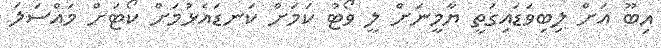
އިބޫ އަށް ލިބިވަޑައިގަތީ ޔާމީނަށް ލީ ވޯޓު ކަމަށް ކަނޑައެޅުމަށް ކޯޓަށް މައްސަލަ